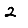
Digit: 2